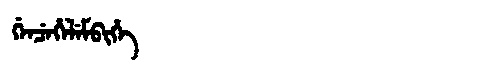
Manchu: ᡤᡝᠨᠴᡝᡥᡝᠯᡝᠮᠪᡳᡥᡝ
Romanization: GENCEHELEMBIHE